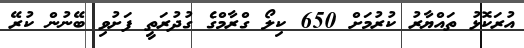
އުރަކޮޅު ތައްޔާރު ކުރުމަށް 650 ކިލޯ ގްރާމްގެ ގުދުރަތީ ފަށުވި ބޭނުން ކުރޭ